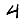
Digit: 4